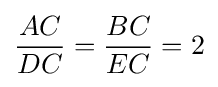
{\frac {AC}{DC}}={\frac {BC}{EC}}=2